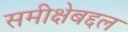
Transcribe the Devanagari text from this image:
समीक्षेबद्दल